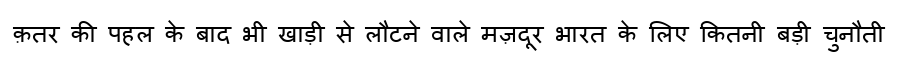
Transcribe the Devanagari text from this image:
क़तर की पहल के बाद भी खाड़ी से लौटने वाले मज़दूर भारत के लिए कितनी बड़ी चुनौती